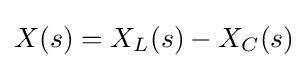
X(s)=X_{L}(s)-X_{C}(s)